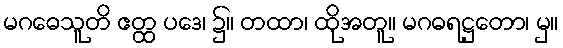
မဂဓေသူတိ ဧတ္ထ ပဒေ၊ ၌။ တထာ၊ ထိုအတူ။ မဂဓရဋ္ဌတော၊ မှ။